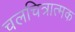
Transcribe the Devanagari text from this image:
चलचित्रात्मक